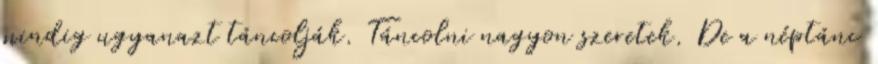
mindig ugyanazt táncolják. Táncolni nagyon szeretek. De a néptánc